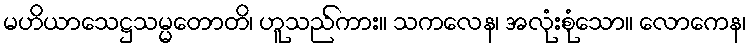
မဟိယာသေဋ္ဌသမ္မတောတိ၊ ဟူသည်ကား။ သကလေန၊ အလုံးစုံသော။ လောကေန၊